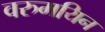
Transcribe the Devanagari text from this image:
वरुमयिन